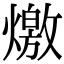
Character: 燩